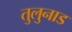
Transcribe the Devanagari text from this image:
तुलुनाड